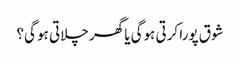
شوق پورا کرتی ہوگی یا گھر چلاتی ہو گی؟